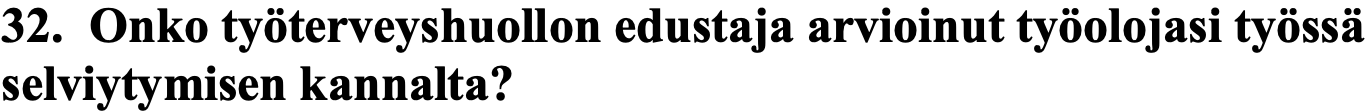
32. Onko työterveyshuollon edustaja arvioinut työolojasi työssä selviytymisen kannalta?